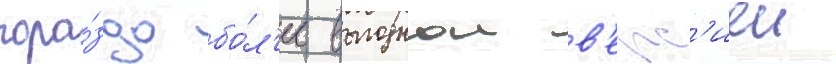
гора́здо бо́л'ее выгоднои в'ерс'иеи